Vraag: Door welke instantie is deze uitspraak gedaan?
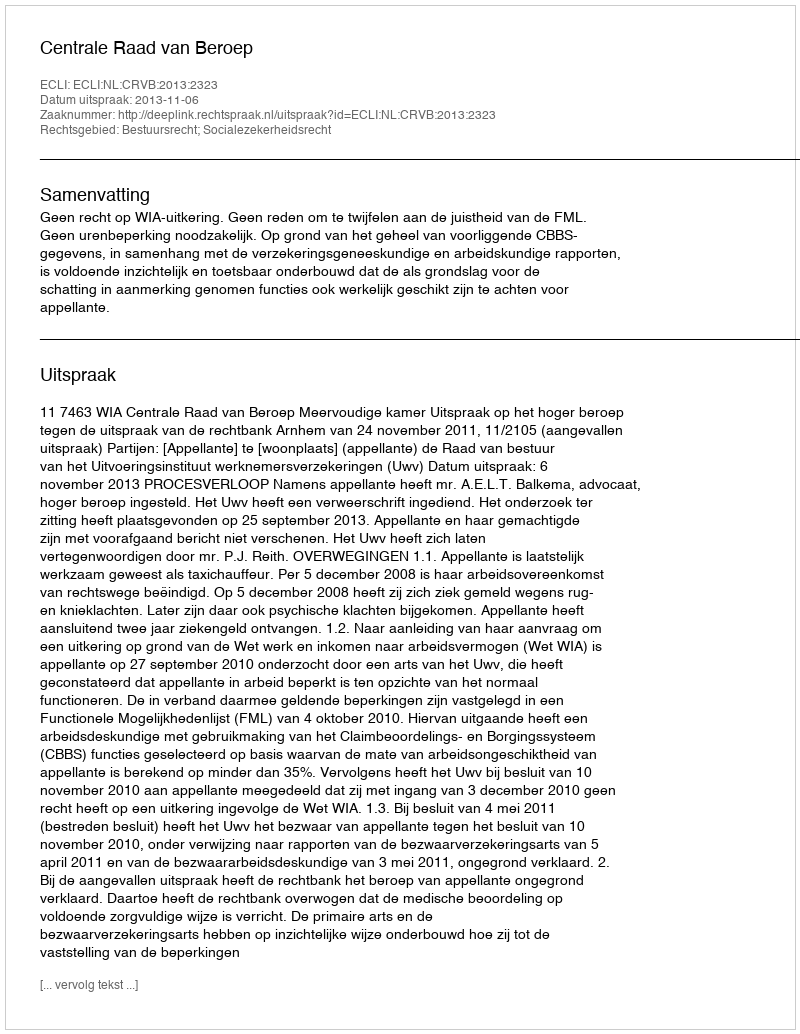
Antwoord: Centrale Raad van Beroep